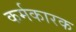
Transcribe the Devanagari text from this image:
कर्मकारक